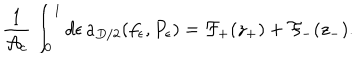
LaTeX: { \frac { 1 } { { \cal A } _ { c } } } \int _ { 0 } ^ { 1 } d \epsilon \, a _ { D / 2 } ( f _ { \epsilon } , P _ { \epsilon } ) = { \cal F } _ { + } ( z _ { + } ) + { \cal F } _ { - } ( z _ { - } ) .